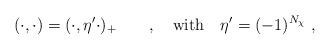
LaTeX: \begin{align*}(\cdot,\cdot)=(\cdot,\eta'\cdot)_{+}\qquad , \quad {\rm with} \quad \eta'=(-1)^{N_{\chi}} \ ,\end{align*}